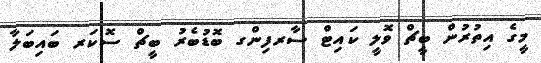
މީގެ އިތުރުން ބީޗް ވޮލީ ކައިޓް ސާރފިންގ ބޮޑުބެރު ބީޗް ސޮކަރ ބައިބަލާ